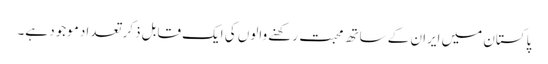
پاکستان میں ایران کے ساتھ محبت رکھنے والوں کی ایک قابل ذکر تعداد موجود ہے۔